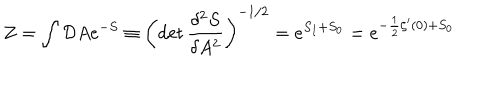
LaTeX: Z = \int { \cal D } A e ^ { - S } \equiv \left( \det \frac { \delta ^ { 2 } S } { \delta A ^ { 2 } } \right) ^ { - 1 / 2 } = e ^ { S _ { I } + S _ { 0 } } = e ^ { - \frac { 1 } { 2 } \zeta ^ { \prime } ( 0 ) + S _ { 0 } }